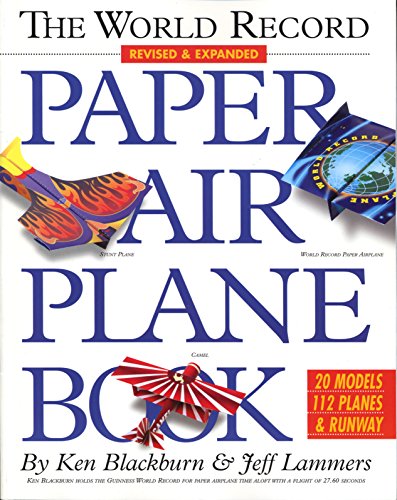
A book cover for The World Record Paper Airplane Book; Ken Blackburn; Crafts, Hobbies & Home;